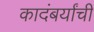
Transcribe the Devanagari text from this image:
कादंबर्यांची